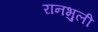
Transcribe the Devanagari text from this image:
रानभुली